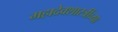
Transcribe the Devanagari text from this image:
महादेवशास्त्रींच्या